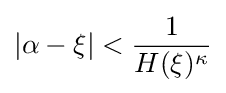
|\alpha -\xi |<{\frac {1}{H(\xi )^{\kappa }}}